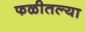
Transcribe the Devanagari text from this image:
फळीतल्या